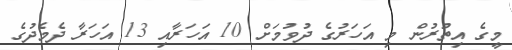
މީގެ އިތުރުން މި އަހަރުގެ ދުވުމަށް 10 އަހަރާއި 13 އަހަރާ ދެމެދުގެ